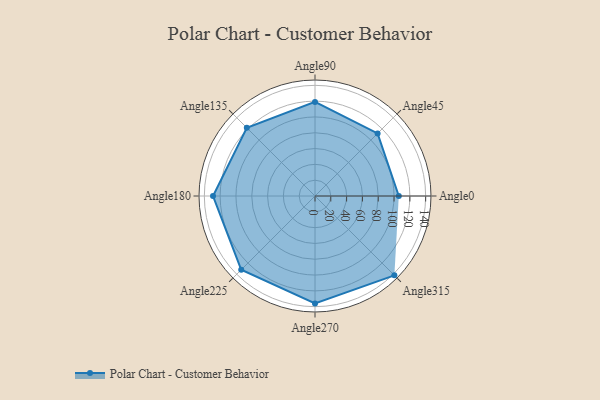
{"axis": {"x": "Angle", "y": "Radius"}, "legend": [""], "data": [{"x": "Angle0", "y": 106.0, "type": ""}, {"x": "Angle45", "y": 112.0, "type": ""}, {"x": "Angle90", "y": 119.0, "type": ""}, {"x": "Angle135", "y": 122.0, "type": ""}, {"x": "Angle180", "y": 129.0, "type": ""}, {"x": "Angle225", "y": 132.0, "type": ""}, {"x": "Angle270", "y": 136.0, "type": ""}, {"x": "Angle315", "y": 142.0, "type": ""}]}